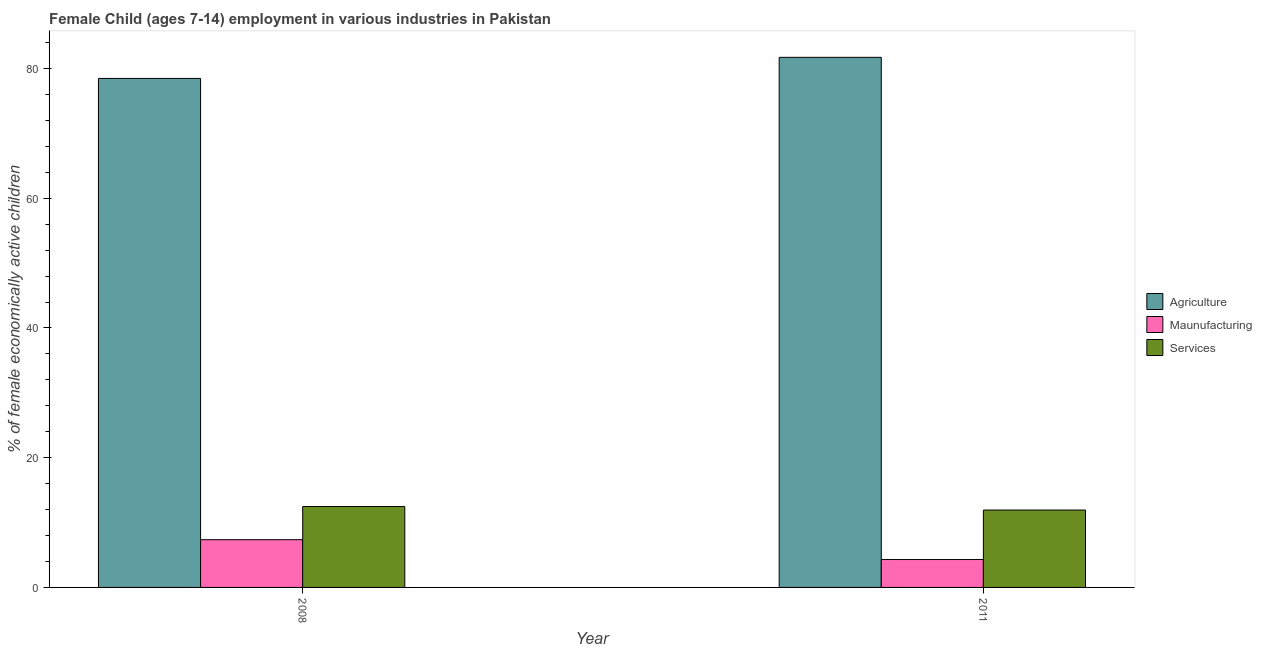
| Year | Agriculture | Maunufacturing | Services |
 | --- | --- | --- | --- |
 | 2008 | 78.5 | 7.36 | 12.5 |
 | 2011 | 81.7 | 4.3 | 11.9 |